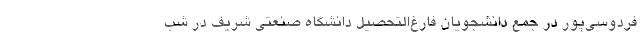
فردوسی‌پور در جمع دانشجویان فارغ‌التحصیل دانشگاه صنعتی شریف در شب